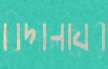
বিদ্যালয়ের